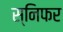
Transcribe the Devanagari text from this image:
स्निफर